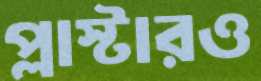
প্লাস্টারও